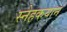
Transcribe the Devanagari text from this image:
स्नेहकयान